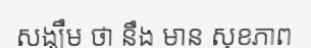
សង្ឃឹម ថា នឹង មាន សុខភាព